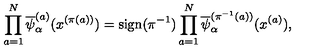
\prod _ { a = 1 } ^ { N } \overline { { \psi } } _ { \alpha } ^ { ( a ) } ( x ^ { ( \pi ( a ) ) } ) = \mathrm { s i g n } ( \pi ^ { - 1 } ) \prod _ { a = 1 } ^ { N } \overline { { \psi } } _ { \alpha } ^ { ( \pi ^ { - 1 } ( a ) ) } ( x ^ { ( a ) } ) ,